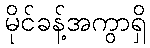
မိုင်ခန့်အကွာရှိ